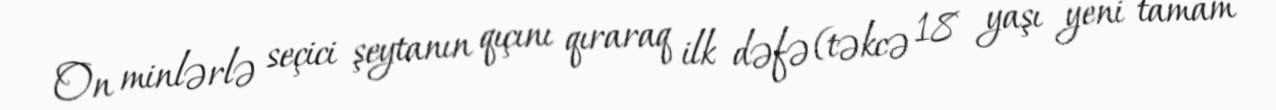
On minlərlə seçici şeytanın qıçını qıraraq ilk dəfə (təkcə 18 yaşı yeni tamam